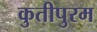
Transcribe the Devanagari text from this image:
कुतीपुरम